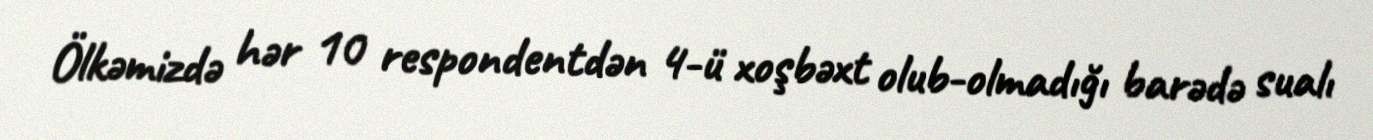
Ölkəmizdə hər 10 respondentdən 4-ü xoşbəxt olub-olmadığı barədə sualı